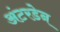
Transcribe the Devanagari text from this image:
अंटरडेन